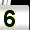
Digit: 5